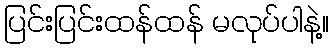
ပြင်းပြင်းထန်ထန် မလုပ်ပါနဲ့။